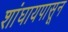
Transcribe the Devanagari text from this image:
शांघायपासून